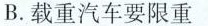
B.载重汽车要限重